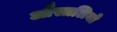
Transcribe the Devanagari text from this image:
औस्त्रलियो